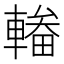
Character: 輽